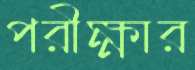
পরীক্ষার